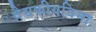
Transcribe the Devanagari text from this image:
वैद्यकीयविमा